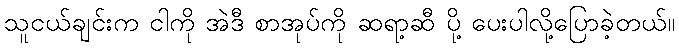
သူငယ်ချင်းက ငါကို အဲဒီ စာအုပ်ကို ဆရာ့ဆီ ပို့ ပေးပါလို့ပြောခဲ့တယ်။